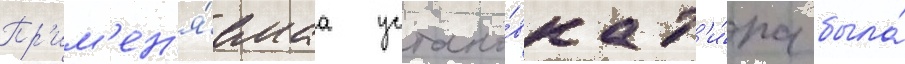
Пр'им'ен'я́емаа устано́вка т'и́па была́